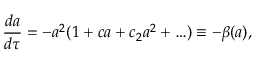
\frac { d a } { d \tau } = - a ^ { 2 } ( 1 + c a + c _ { 2 } a ^ { 2 } + \ldots ) \equiv - \beta ( a ) ,